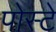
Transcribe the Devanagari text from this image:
पोस्टे